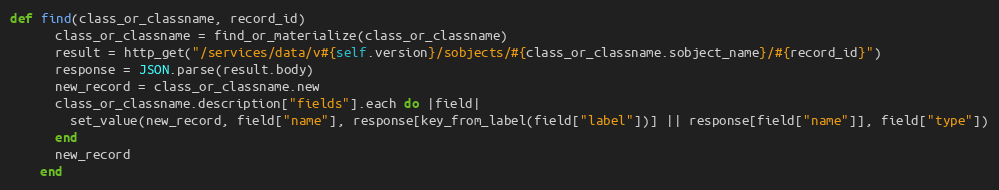
Language: Ruby
def find(class_or_classname, record_id)
      class_or_classname = find_or_materialize(class_or_classname)
      result = http_get("/services/data/v#{self.version}/sobjects/#{class_or_classname.sobject_name}/#{record_id}")
      response = JSON.parse(result.body)
      new_record = class_or_classname.new
      class_or_classname.description["fields"].each do |field|
        set_value(new_record, field["name"], response[key_from_label(field["label"])] || response[field["name"]], field["type"])
      end
      new_record
    end